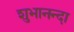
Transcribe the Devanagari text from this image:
शुभानन्दा